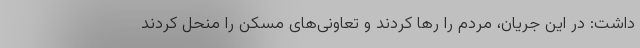
داشت: در این جریان، مردم را رها کردند و تعاونی‌های مسکن را منحل کردند